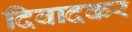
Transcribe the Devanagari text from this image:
दिवादकर